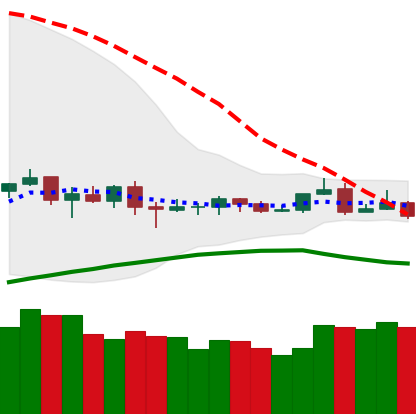
Ticker: ETC-USD
Chart end date: 2019-08-09
Forward return: -3.84%
Label: down_3_5